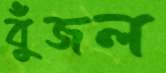
বুঁজল